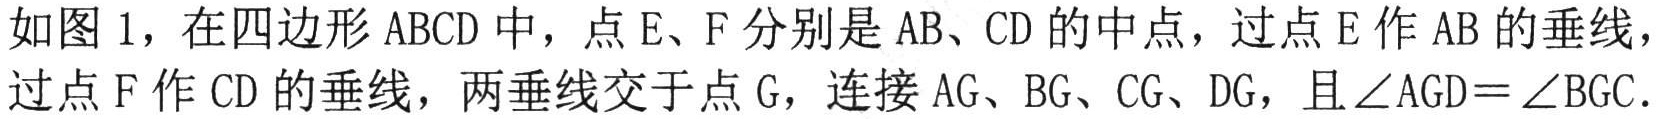
如图1，在四边形\(ABCD\)中，点\(E、F\)分别是\(AB、CD\)的中点，过点\(E\)作\(AB\)的垂线，
过点\(F\)作\(CD\)的垂线，两垂线交于点\(G\)，连接\(AG、BG、CG、DG\)，且\(\angle AGD = \angle BGC\).